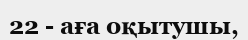
22 - аға оқытушы,